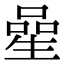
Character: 𠻖